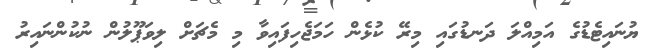
ޔުނައިޓެޑުގެ އަމިއްލަ ދަނޑުގައި މިރޭ ކުޅެން ހަމަޖެހިފައިވާ މި މެޗަށް ލިވަޕޫލުން ނުކުންނައިރު